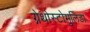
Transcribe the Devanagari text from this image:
ग्नेथोस्टोमुलिडा